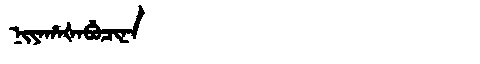
Manchu: ᠨᡳᠶᠠᡥᠠᡧᠠᠪᡠᠴᡳᠨᠠ
Romanization: NIYAHAŠABUCINA